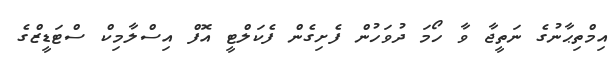
އިމްތިޙާނުގެ ނަތީޖާ ވާ ހޯމަ ދުވަހުން ފެށިގެން ފެކަލްޓީ އޮފް އިސްލާމިކް ސްޓަޑީޒްގެ